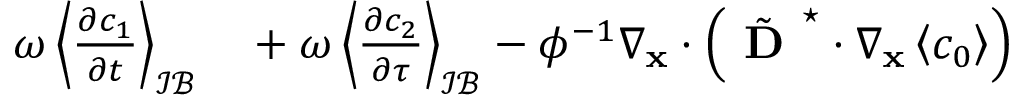
\begin{array} { r l } { \omega \left\langle \frac { \partial c _ { 1 } } { \partial t } \right\rangle _ { \mathcal { I B } } } & { { } + \omega \left\langle \frac { \partial c _ { 2 } } { \partial \tau } \right\rangle _ { \mathcal { I B } } - \phi ^ { - 1 } \nabla _ { \mathbf { x } } \cdot \left( \tilde { \textbf { D } } ^ { \star } \cdot \nabla _ { \mathbf x } \left\langle c _ { 0 } \right\rangle \right) } \end{array}